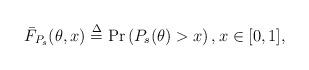
LaTeX: \begin{align*}\bar{F}_{P_s}(\theta,x)\overset{\Delta}{=}\Pr\left(P_s(\theta)>x\right), x\in[0,1],\end{align*}